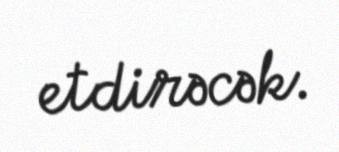
etdirəcək.